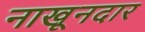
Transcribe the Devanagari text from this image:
नाखूनदार